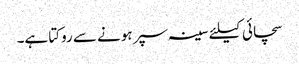
سچائی کیلئے سینہ سپر ہونے سے روکتا ہے۔